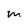
Character: m